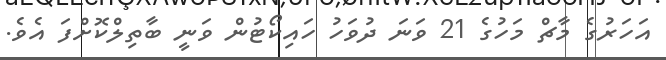
އަހަރުގެ މާޗް މަހުގެ 21 ވަނަ ދުވަހު ހައިކޯޓުން ވަނީ ބާތިލްކޮށްފަ އެވެ.